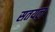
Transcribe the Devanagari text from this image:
सतयल